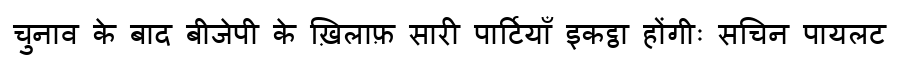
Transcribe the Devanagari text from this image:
चुनाव के बाद बीजेपी के ख़िलाफ़ सारी पार्टियाँ इकट्ठा होंगीः सचिन पायलट